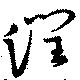
潤